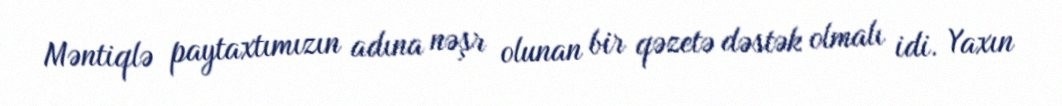
Məntiqlə paytaxtımızın adına nəşr olunan bir qəzetə dəstək olmalı idi. Yaxın